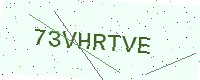
Text: 73VHRTVE